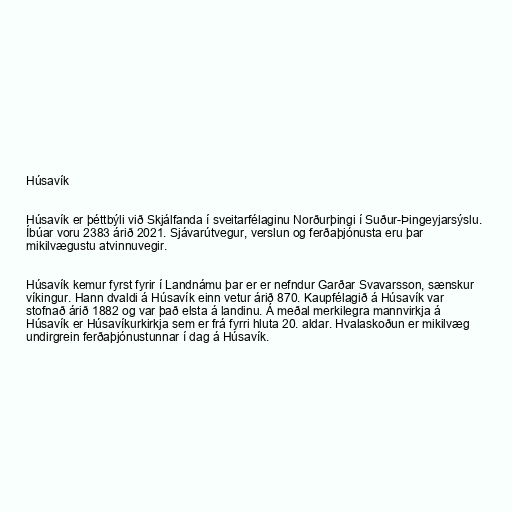
Húsavík

Húsavík er þéttbýli við Skjálfanda í sveitarfélaginu Norðurþingi í Suður-Þingeyjarsýslu.
Íbúar voru 2383 árið 2021. Sjávarútvegur, verslun og ferðaþjónusta eru þar
mikilvægustu atvinnuvegir.

Húsavík kemur fyrst fyrir í Landnámu þar er er nefndur Garðar Svavarsson, sænskur
víkingur. Hann dvaldi á Húsavík einn vetur árið 870. Kaupfélagið á Húsavík var
stofnað árið 1882 og var það elsta á landinu. Á meðal merkilegra mannvirkja á
Húsavík er Húsavíkurkirkja sem er frá fyrri hluta 20. aldar. Hvalaskoðun er mikilvæg
undirgrein ferðaþjónustunnar í dag á Húsavík.